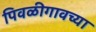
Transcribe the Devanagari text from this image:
पिवळीगावच्या